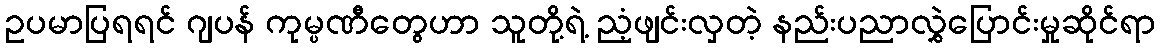
ဥပမာပြရရင် ဂျပန် ကုမ္ပဏီတွေဟာ သူတို့ရဲ့ ညံ့ဖျင်းလှတဲ့ နည်းပညာလွှဲပြောင်းမှုဆိုင်ရာ